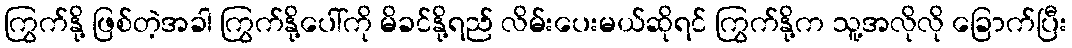
ကြွက်နို့ ဖြစ်တဲ့အခါ ကြွက်နို့ပေါ်ကို မိခင်နို့ရည် လိမ်းပေးမယ်ဆိုရင် ကြွက်နို့က သူ့အလိုလို ခြောက်ပြီး